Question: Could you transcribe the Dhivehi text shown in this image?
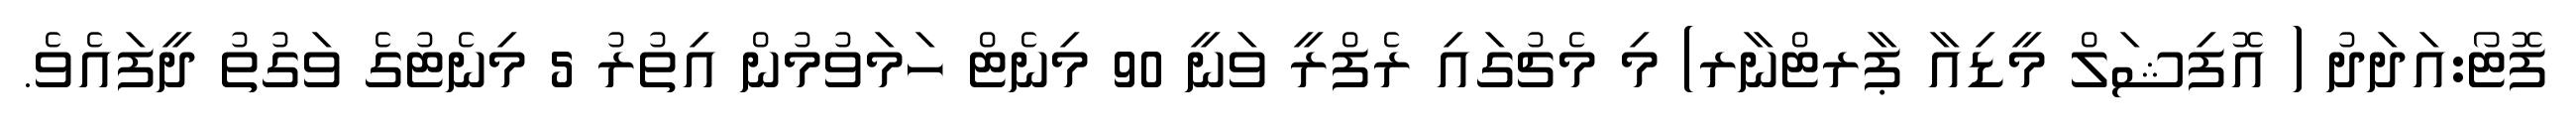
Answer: ފޮޓޯ:އަދަދު ( އޮފިޝަލް މީޑިއާ ޕާރޓްނާރ) މި މެޗުގައި ރެފްރީ ވަނީ 90 މިނެޓް ހަމަވުމުން އިތުރު 5 މިނެޓުގެ ވަގުތު ދީފައެވެ.